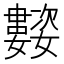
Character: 𭒰